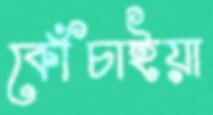
কোঁচাইয়া